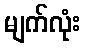
မျက်လုံး